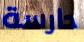
حارسة